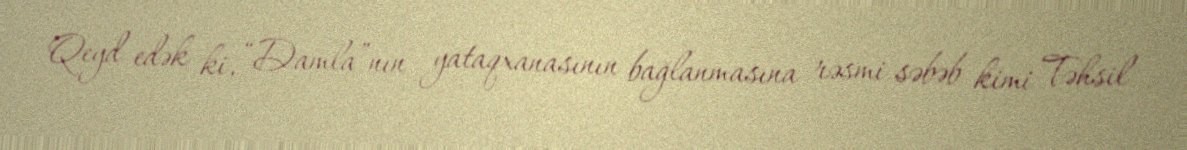
Qeyd edək ki, “Damla”nın yataqxanasının bağlanmasına rəsmi səbəb kimi Təhsil